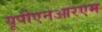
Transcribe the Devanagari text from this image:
यूपीएनआरएम